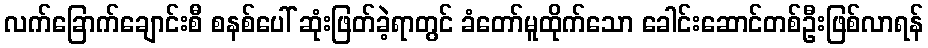
လက်ခြောက်ချောင်းစီ စနစ်ပေါ် ဆုံးဖြတ်ခဲ့ရာတွင် ခံတော်မူထိုက်သော ခေါင်းဆောင်တစ်ဦးဖြစ်လာရန်